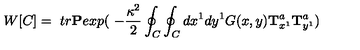
W [ C ] = \ t r \mathrm { \bf P } e x p ( \ - \frac { \kappa ^ { 2 } } { 2 } \oint _ { C } \oint _ { C } d x ^ { 1 } d y ^ { 1 } G ( x , y ) \mathrm { \bf T } _ { x ^ { 1 } } ^ { a } \mathrm { \bf T } _ { y ^ { 1 } } ^ { a } )